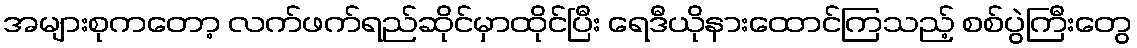
အများစုကတော့ လက်ဖက်ရည်ဆိုင်မှာထိုင်ပြီး ရေဒီယိုနားထောင်ကြသည့် စစ်ပွဲကြီးတွေ